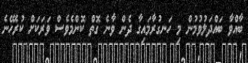
ބާއްވާ ބައްދަލުވުމުން މި ހަނގުރާމައިގާ ދެން ވާނެ ގޮތް ކޮންމެވެސް ވަރަކަށް ކުރެހޭނެ